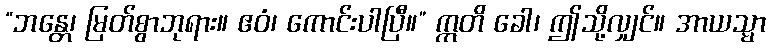
“ဘန္တေ၊ မြတ်စွာဘုရား။ ဧဝံ၊ ကောင်းပါပြီ။” ဣတိ ခေါ၊ ဤသို့လျှင်။ အာယသ္မာ